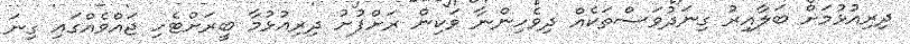
ދިރިއުޅުމަށް ބަލާއިރު ގިނަދުވަސްތަކެއް ދިވެހިންނާ ވަކިން ރަށްފުށު ދިރިއުޅުމާ ބީރަށްޓެހި ޖައްވެއްގައި ގިނަ